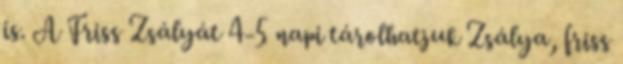
is. A Friss Zsályát 4-5 napi tárolhatjuk Zsálya, friss